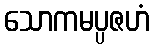
သောကမပ္ပဇဟံ